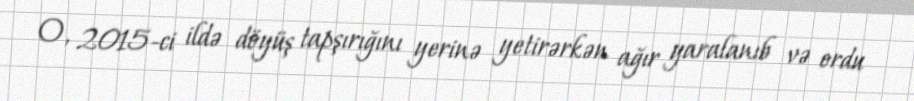
O, 2015-ci ildə döyüş tapşırığını yerinə yetirərkən ağır yaralanıb və ordu